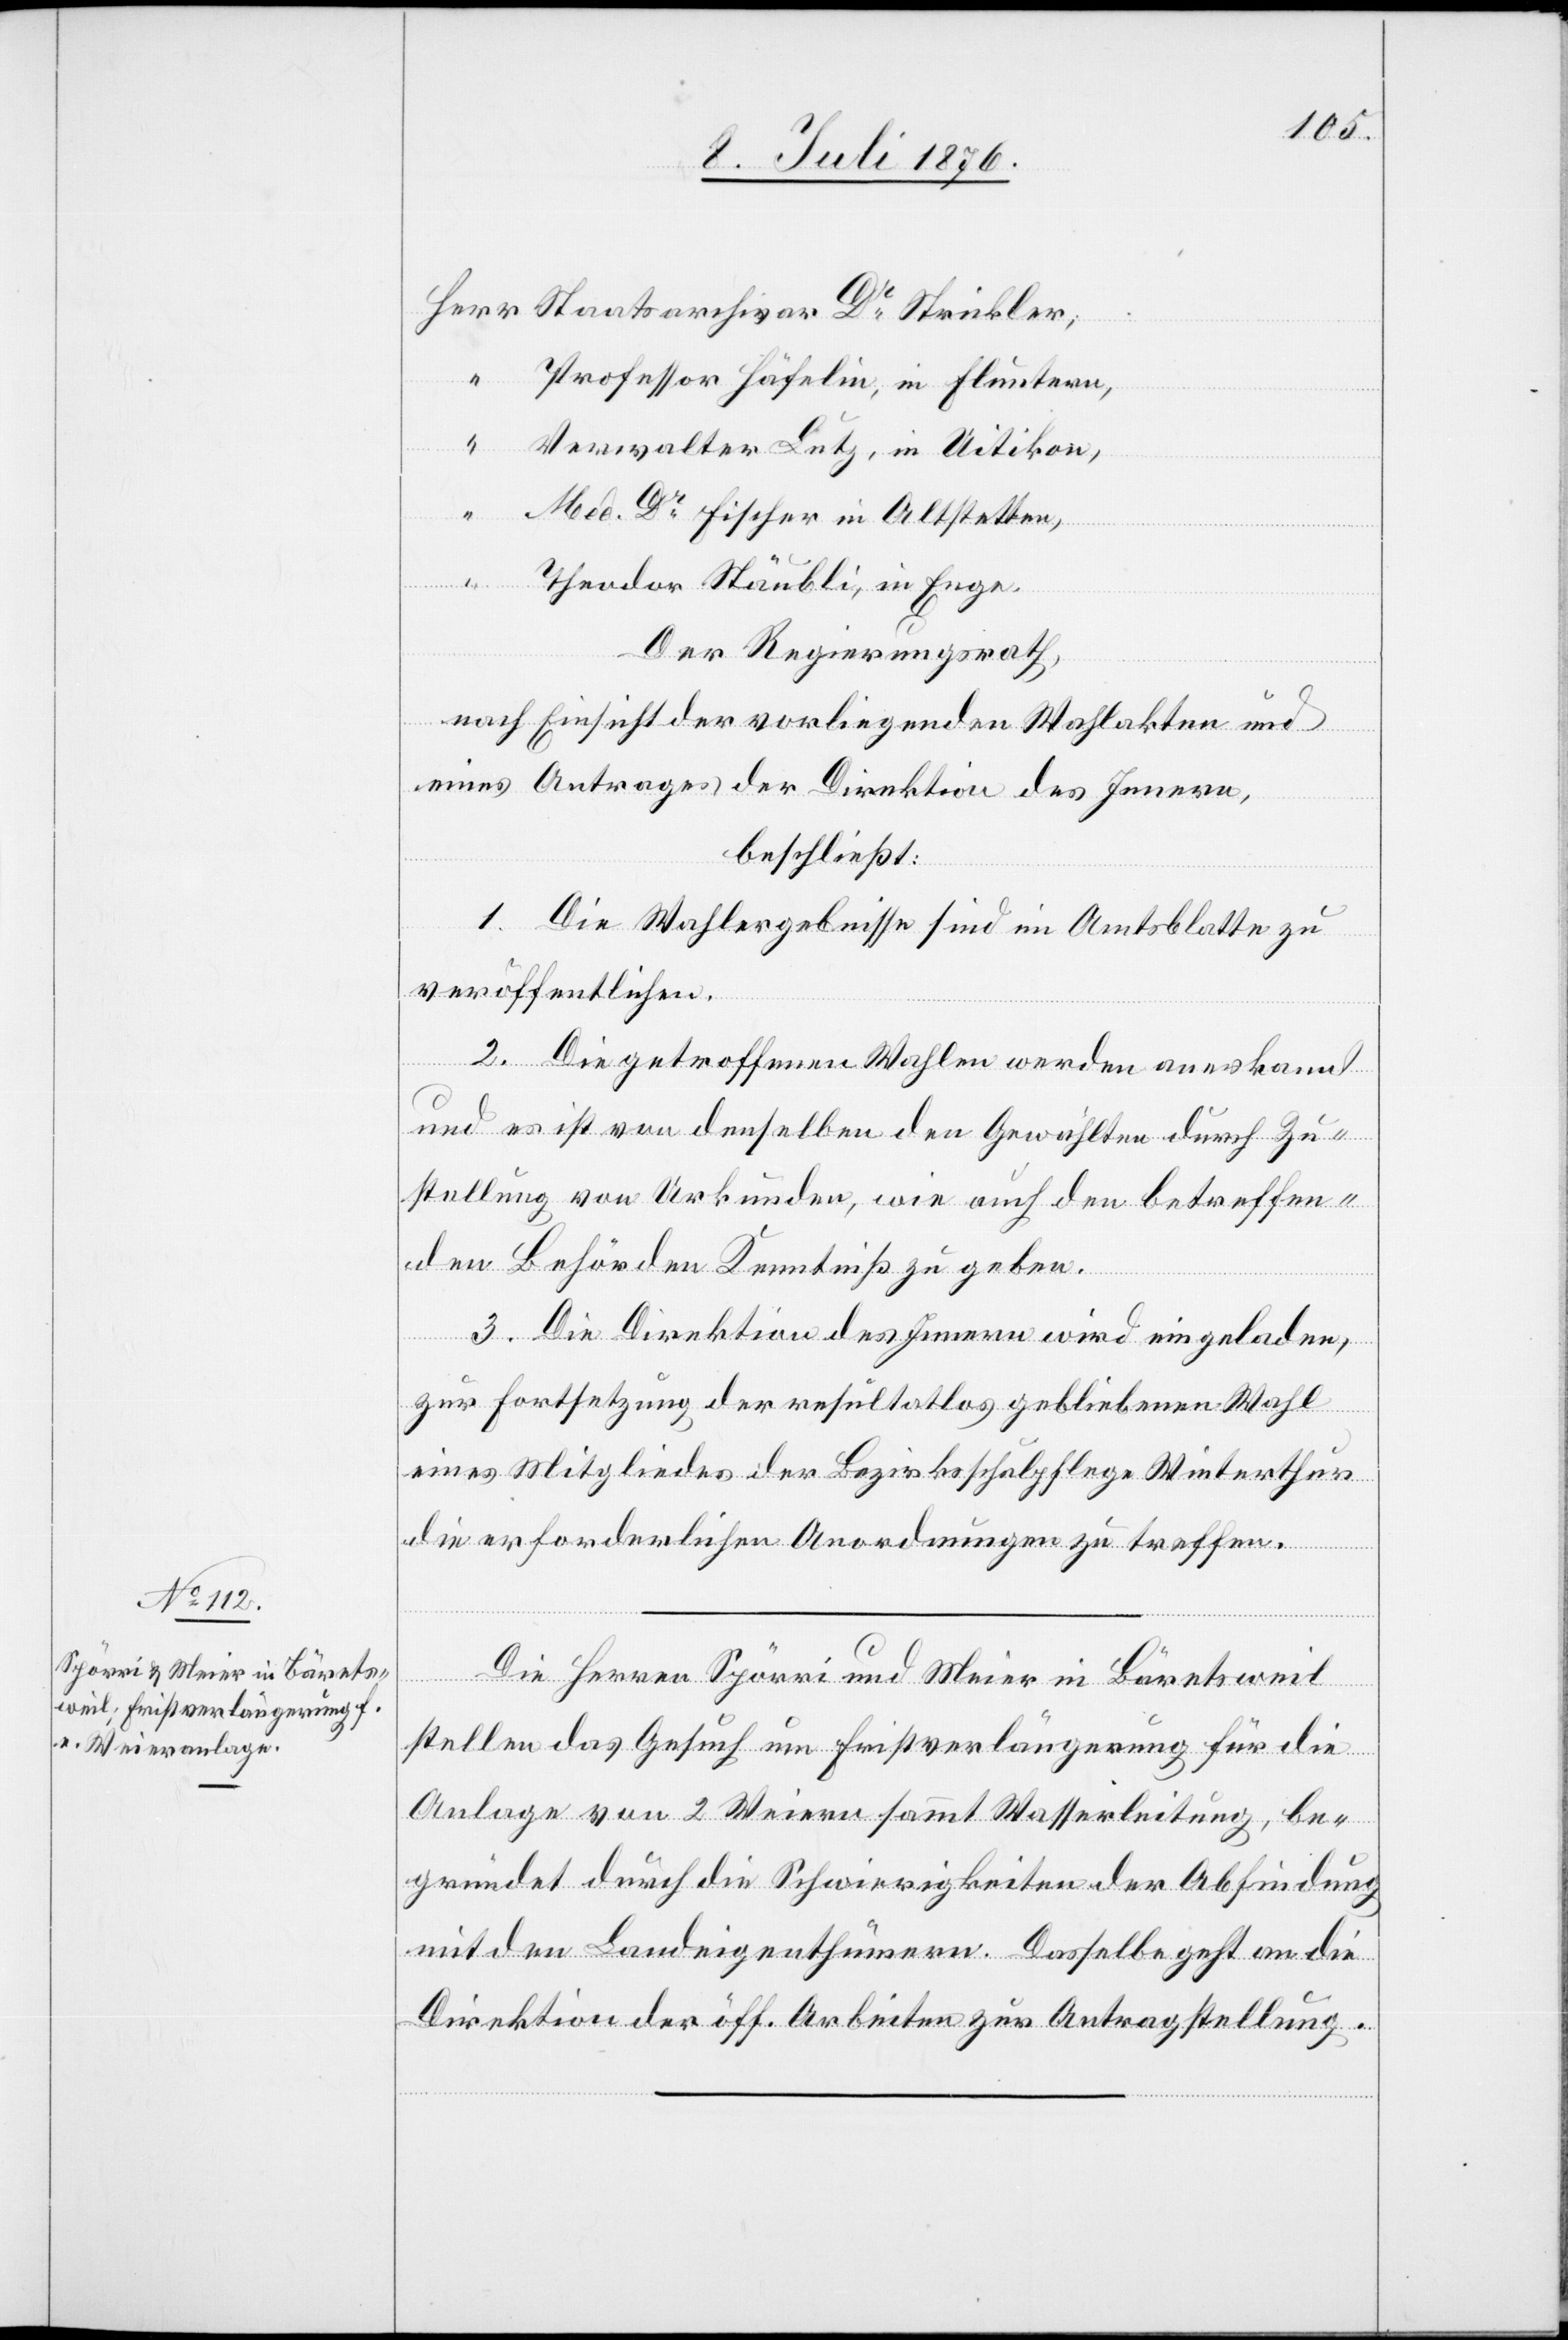
13. Juli 1876.]
Staatsarchivar Dr Stickler,
Professor Häfelin, in Fluntern,
Verwalter Lutz, in Uitikon,
Med. Dr Fischer in Altstetten,
Theodor Stäubli, in Enge.
Der Regierungsrath,
nach Einsicht der vorliegenden Wahlakten und
eines Antrages der Direktion des Innern,
beschließt:
1. Die Wahlergebnisse sind im Amtsblatte zu
veröffentlichen,
2. Die getroffenen Wahlen werden anerkannt
und es ist von denselben den Gewählten durch Zu¬
stellung von Urkunden, wie auch den betreffen¬
den Behörden Kenntniß zu geben.
3. Die Direktion des Innern wird eingeladen,
zur Fortsetzung der resultatlos gebliebenen Wahl
eines Mitglieder der Bezirksschulpflege Winterthur
die erforderlichen Anordnungen zu treffen.
Die Herren Spörri und Meier in Bäretsweil
stellen das Gesuch um Fristverlängerung für die
Anlage von 2 Weiern sammt Wasserleitung, be¬
gründet durch die Schwierigkeiten der Abfindung
mit den Landeigenthümern. Dasselbe geht an die
Direktion der öff. Arbeiten zur Antragstellung.